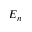
E _ { n }